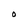
Character: O